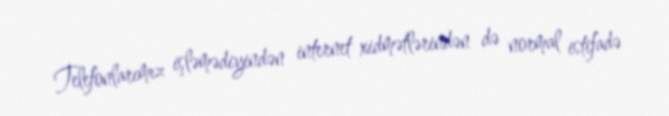
Telefonlarımız işləmədiyindən internet xidmətlərindən də normal istifadə